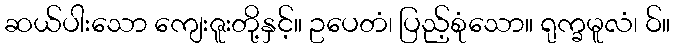
ဆယ်ပါးသော ကျေးဇူးတို့နှင့်။ ဥပေတံ၊ ပြည့်စုံသော။ ရုက္ခမူလံ၊ ဝ်။